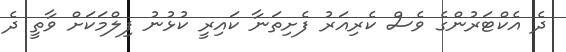
ދެ އެކްޓަރުންގެ ވެސް ކެރިއަރު ފެށިތަނާ ކައިރީ ކުޅުނު ފިލްމަކަށް ވާތީ ދެ